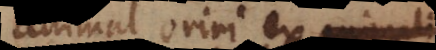
animal oriri ex jam